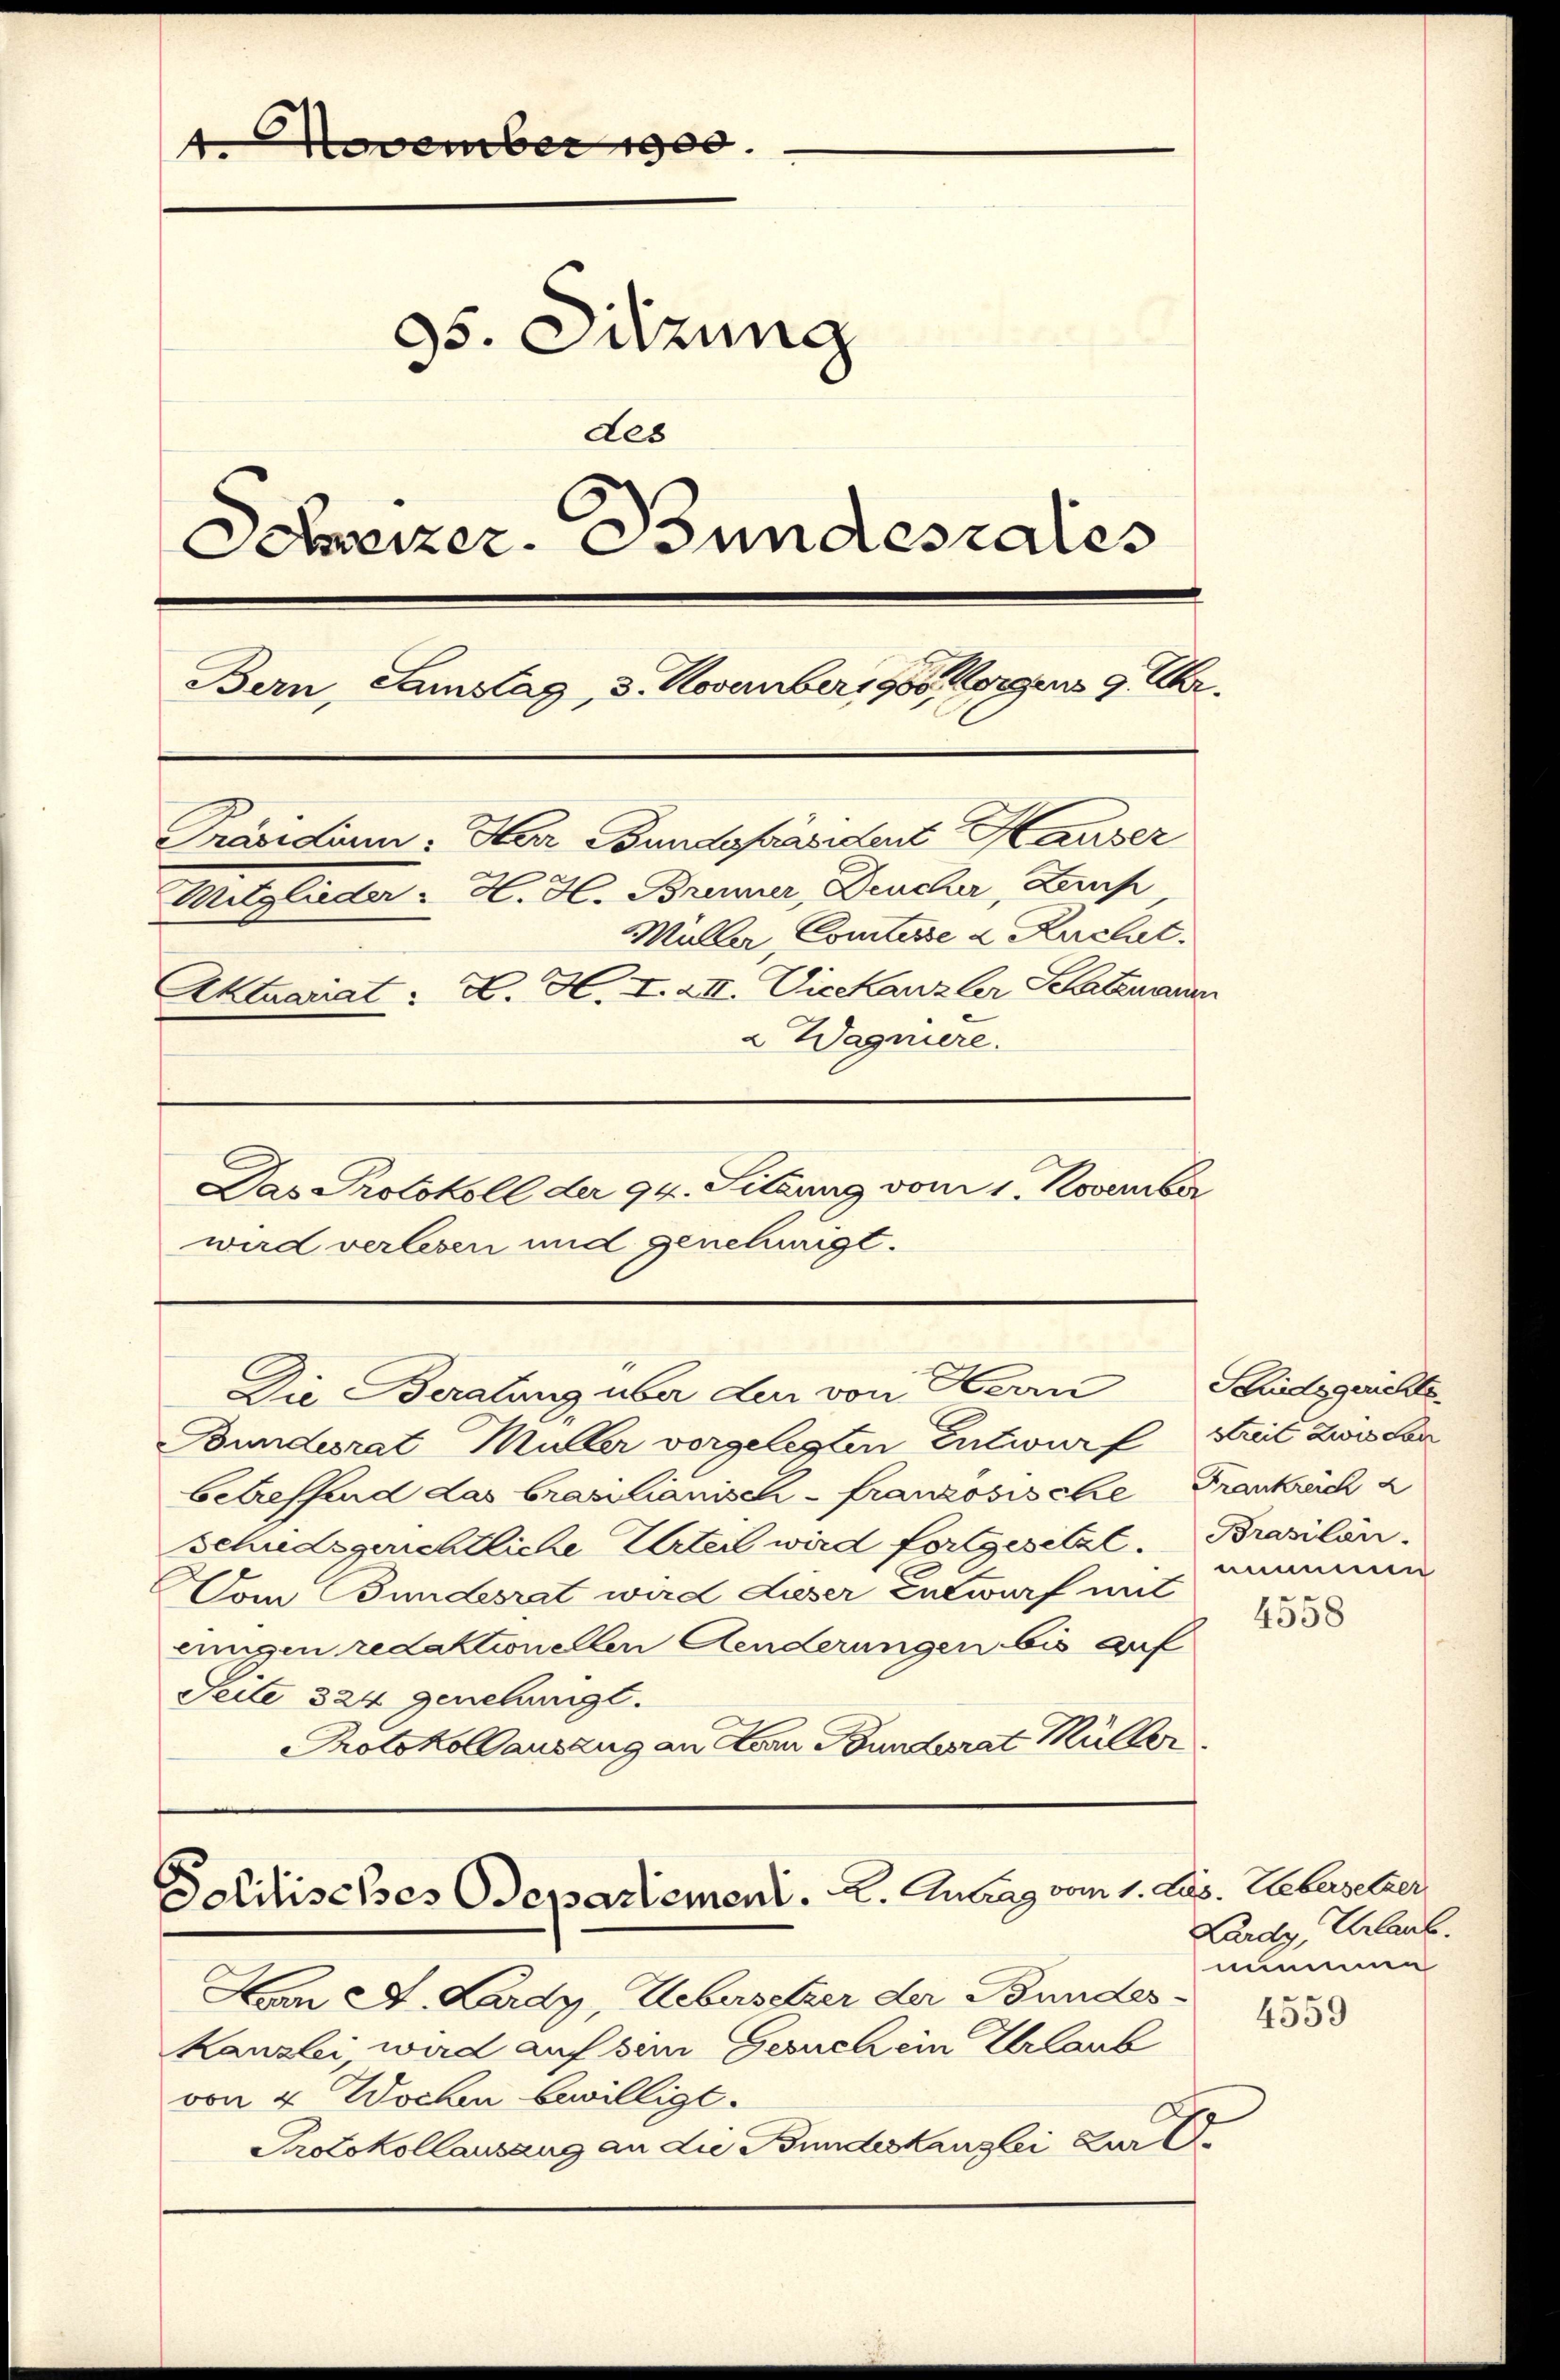
4. November 1900.
95. Sitzung
des
Schweizer. Bundesrates
Bern, Samstag, 3. November 1908 vorgens 9 Uhr.
Präsidiun: Herr Bundespräsident Hauser

Mitglieder " H. H. Brenner, Deucher, Lernp
Müller Comtesse u. Recht.
Aktuariat : H. H. I. XII. Vicekanzler Schartenann
2 Wagniere.

Das Protokoll der 94. Sitzung vom 1. November
wird verlesen und genehmigt.

Die Beratung über den von Herrn

Bundesrat Müller vorgelegten Entwurf, Streit zwis con
betreffend das brasilianisch-französische Frankreich a
schiedsgerichtliche Urteil wird fortgesetzt. Brasilen.
Vom Bundesrat ward Lieser Entwurf mit
einigen redaktionellen Aenderungen bis auf
Seile 324 genehmigt.
Protokoll auszug an Horn Bundesrat Müller

Politisches Departement. A. Antrag vom 1. Aug. Uebersetzer

Scidsgerichts
nimmen
4558

Han A. Lardy, Uebersetzer der Bundes¬
Kanzlei, wird auf sein Gesuch ein Urlaub
von 4 Wochen bewilligt.
Protokollausang an die Bundeskanzlei zur Er¬

Lardy, Urlaub.
numme
4559